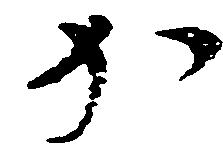
か